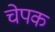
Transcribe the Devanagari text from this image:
चेपक